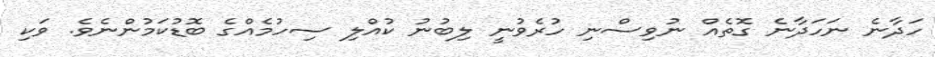
ހަދާނެ ނަހަދާނެ ގޮތެއް ނުވިސްނި ހުރެވުނީ ލިބުނު ކުއްލި ސިހުމެއްގެ ބޮޑުކަމުންނެވެ. ވަކި